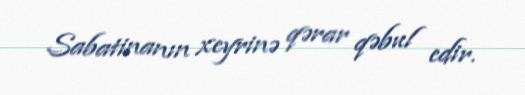
Sabatinanın xeyrinə qərar qəbul edir.